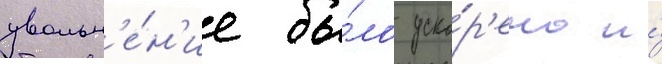
увольн'е́н'ие бы́ло уско́р'ено и́